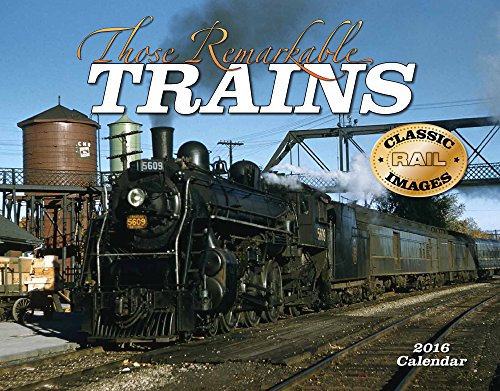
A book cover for Those Remarkable Trains 2016 Calendar 11x14; Tide-mark Classic Train Series; Engineering & Transportation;